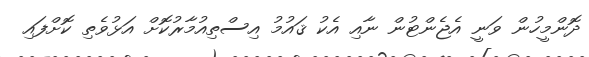
ދޮންމީހުން ވަނީ އެޖެންޓުން ނާއި އެކު ޤައުމު އިސްތިއުމާރުކޮށް އަޅުވެތި ކޮށްފައި